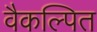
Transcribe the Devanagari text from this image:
वैकल्पित